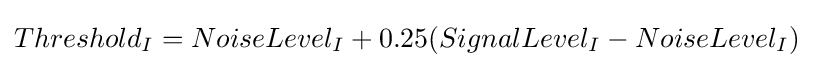
Threshold_{I}=NoiseLevel_{I}+0.25(SignalLevel_{I}-NoiseLevel_{I})